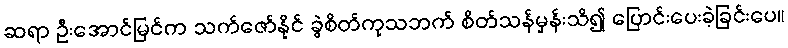
ဆရာ ဦးအောင်မြင်က သက်ဇော်နိုင် ခွဲစိတ်ကုသဘက် စိတ်သန်မှန်းသိ၍ ပြောင်းပေးခဲ့ခြင်းပေ။